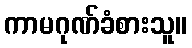
ကာမဂုဏ်ခံစားသူ။